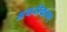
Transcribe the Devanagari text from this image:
अयनीकरण